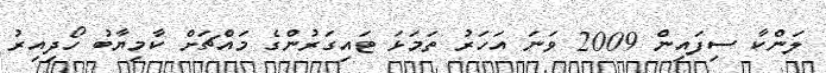
ލަންކާ ސިފައިން 2009 ވަނަ އަހަރު ތަމަޅަ ޓައިގަރުންގެ މައްޗަށް ކާމިޔާބު ހޯދިއިރު